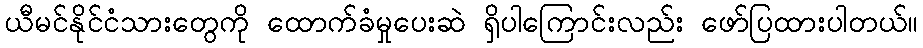
ယီမင်နိုင်ငံသားတွေကို ထောက်ခံမှုပေးဆဲ ရှိပါကြောင်းလည်း ဖော်ပြထားပါတယ်။